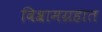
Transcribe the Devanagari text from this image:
विश्रामग्रहात